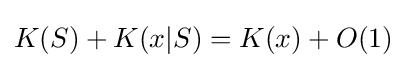
K(S)+K(x|S)=K(x)+O(1)